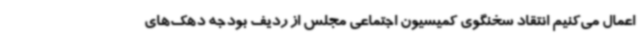
اعمال می‌کنیم انتقاد سخنگوی کمیسیون اجتماعی مجلس از ردیف بودجه دهک‌های